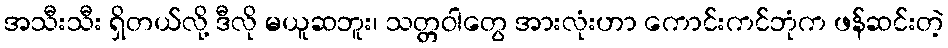
အသီးသီး ရှိတယ်လို့ ဒီလို မယူဆဘူး၊ သတ္တဝါတွေ အားလုံးဟာ ကောင်းကင်ဘုံက ဖန်ဆင်းတဲ့